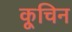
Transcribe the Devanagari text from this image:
कूचिन